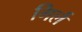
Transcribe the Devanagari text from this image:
गिर्ल